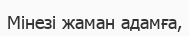
Мінезі жаман адамға,